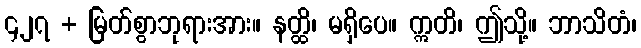
၄၂၇ + မြတ်စွာဘုရားအား။ နတ္ထိ၊ မရှိပေ။ ဣတိ၊ ဤသို့။ ဘာသိတံ၊